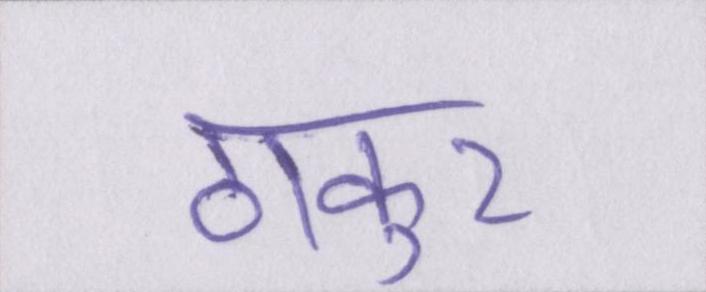
ठाकुर